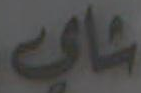
شاي